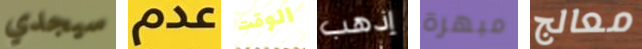
سيجدي عدم الوقت إذهب مبهرة معالج